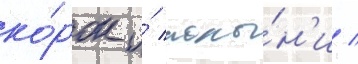
ко́рок и́ полы́н'и /